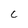
Character: C